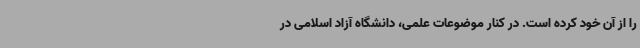
را از آن خود کرده است. در کنار موضوعات علمی، دانشگاه آزاد اسلامی در